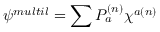
\psi ^ { m u l t i l } = \sum { \cal { P } } _ { a } ^ { ( n ) } \chi ^ { a ( n ) }